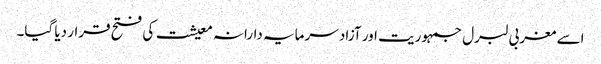
اسے مغربی لبرل جمہوریت اور آزاد سرمایہ دارانہ معیشت کی فتح قرار دیا گیا۔